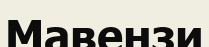
Мавензи